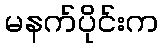
မနက်ပိုင်းက